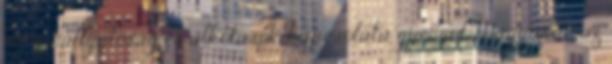
nő, a hallgatóság és alkotások kapcsolata gyengül. Magyarán az